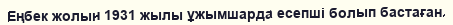
Еңбек жолын 1931 жылы ұжымшарда есепші болып бастаған.